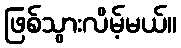
ဖြစ်သွားလိမ့်မယ်။